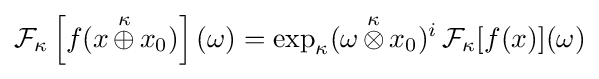
{\cal {F}}_{\kappa }\left[f(x\,{\stackrel {\kappa }{\oplus }}\,x_{0})\right](\omega )=\exp _{\kappa }(\omega \,{\stackrel {\kappa }{\otimes }}\,x_{0})^{i}\,{\cal {F}}_{\kappa }[f(x)](\omega )